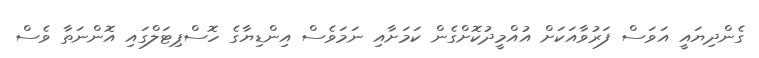
ގެންދިޔައީ އަވަސް ފަރުވާއަކަށް އުއްމީދުކޮށްގެން ކަމަށާއި ނަމަވެސް އިންޑިޔާގެ ހޮސްޕިޓަލްގައި އޮންނަތާ ވެސް